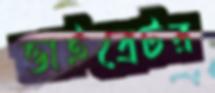
ভাইব্রেটর